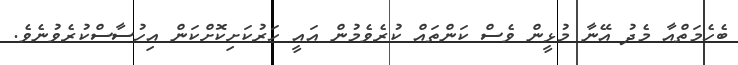
ބެހެމަތްއާ މެދު އޭނާ މުޅީން ވެސް ކަންތައް ކުރެވެމުން އައީ ހަރުކަށިކޮށްކަން އިހުސާސްކުރެވުނެވެ.